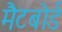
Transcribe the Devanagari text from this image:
मैटबोर्ड